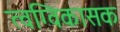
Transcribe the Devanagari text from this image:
त्वग्विकासक